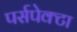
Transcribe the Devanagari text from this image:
पर्सपेक्टा